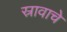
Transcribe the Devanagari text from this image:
स्रावाचे